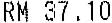
RM 37.10